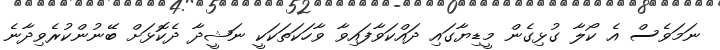
ނަމަވެސް އެ ކޯލާ ގުޅިގެން މީޑިޔާގައި ދައްކަވާފައިވާ ވާހަކަތަކަކީ ނަޝީދާ ދެކޮޅަށް ބޭނުންކުރެވިދާނެ